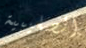
الصليبية